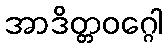
အာဒိတ္တဝဂ္ဂေါ